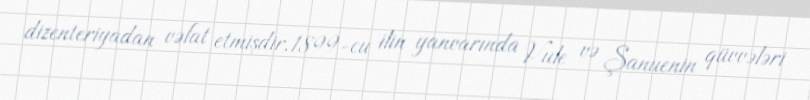
dizenteriyadan vəfat etmişdir.1899-cu ilin yanvarında Vule və Şanuenin qüvvələri